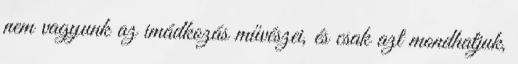
nem vagyunk az imádkozás művészei, és csak azt mondhatjuk,